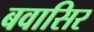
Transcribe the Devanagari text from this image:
बवासिर